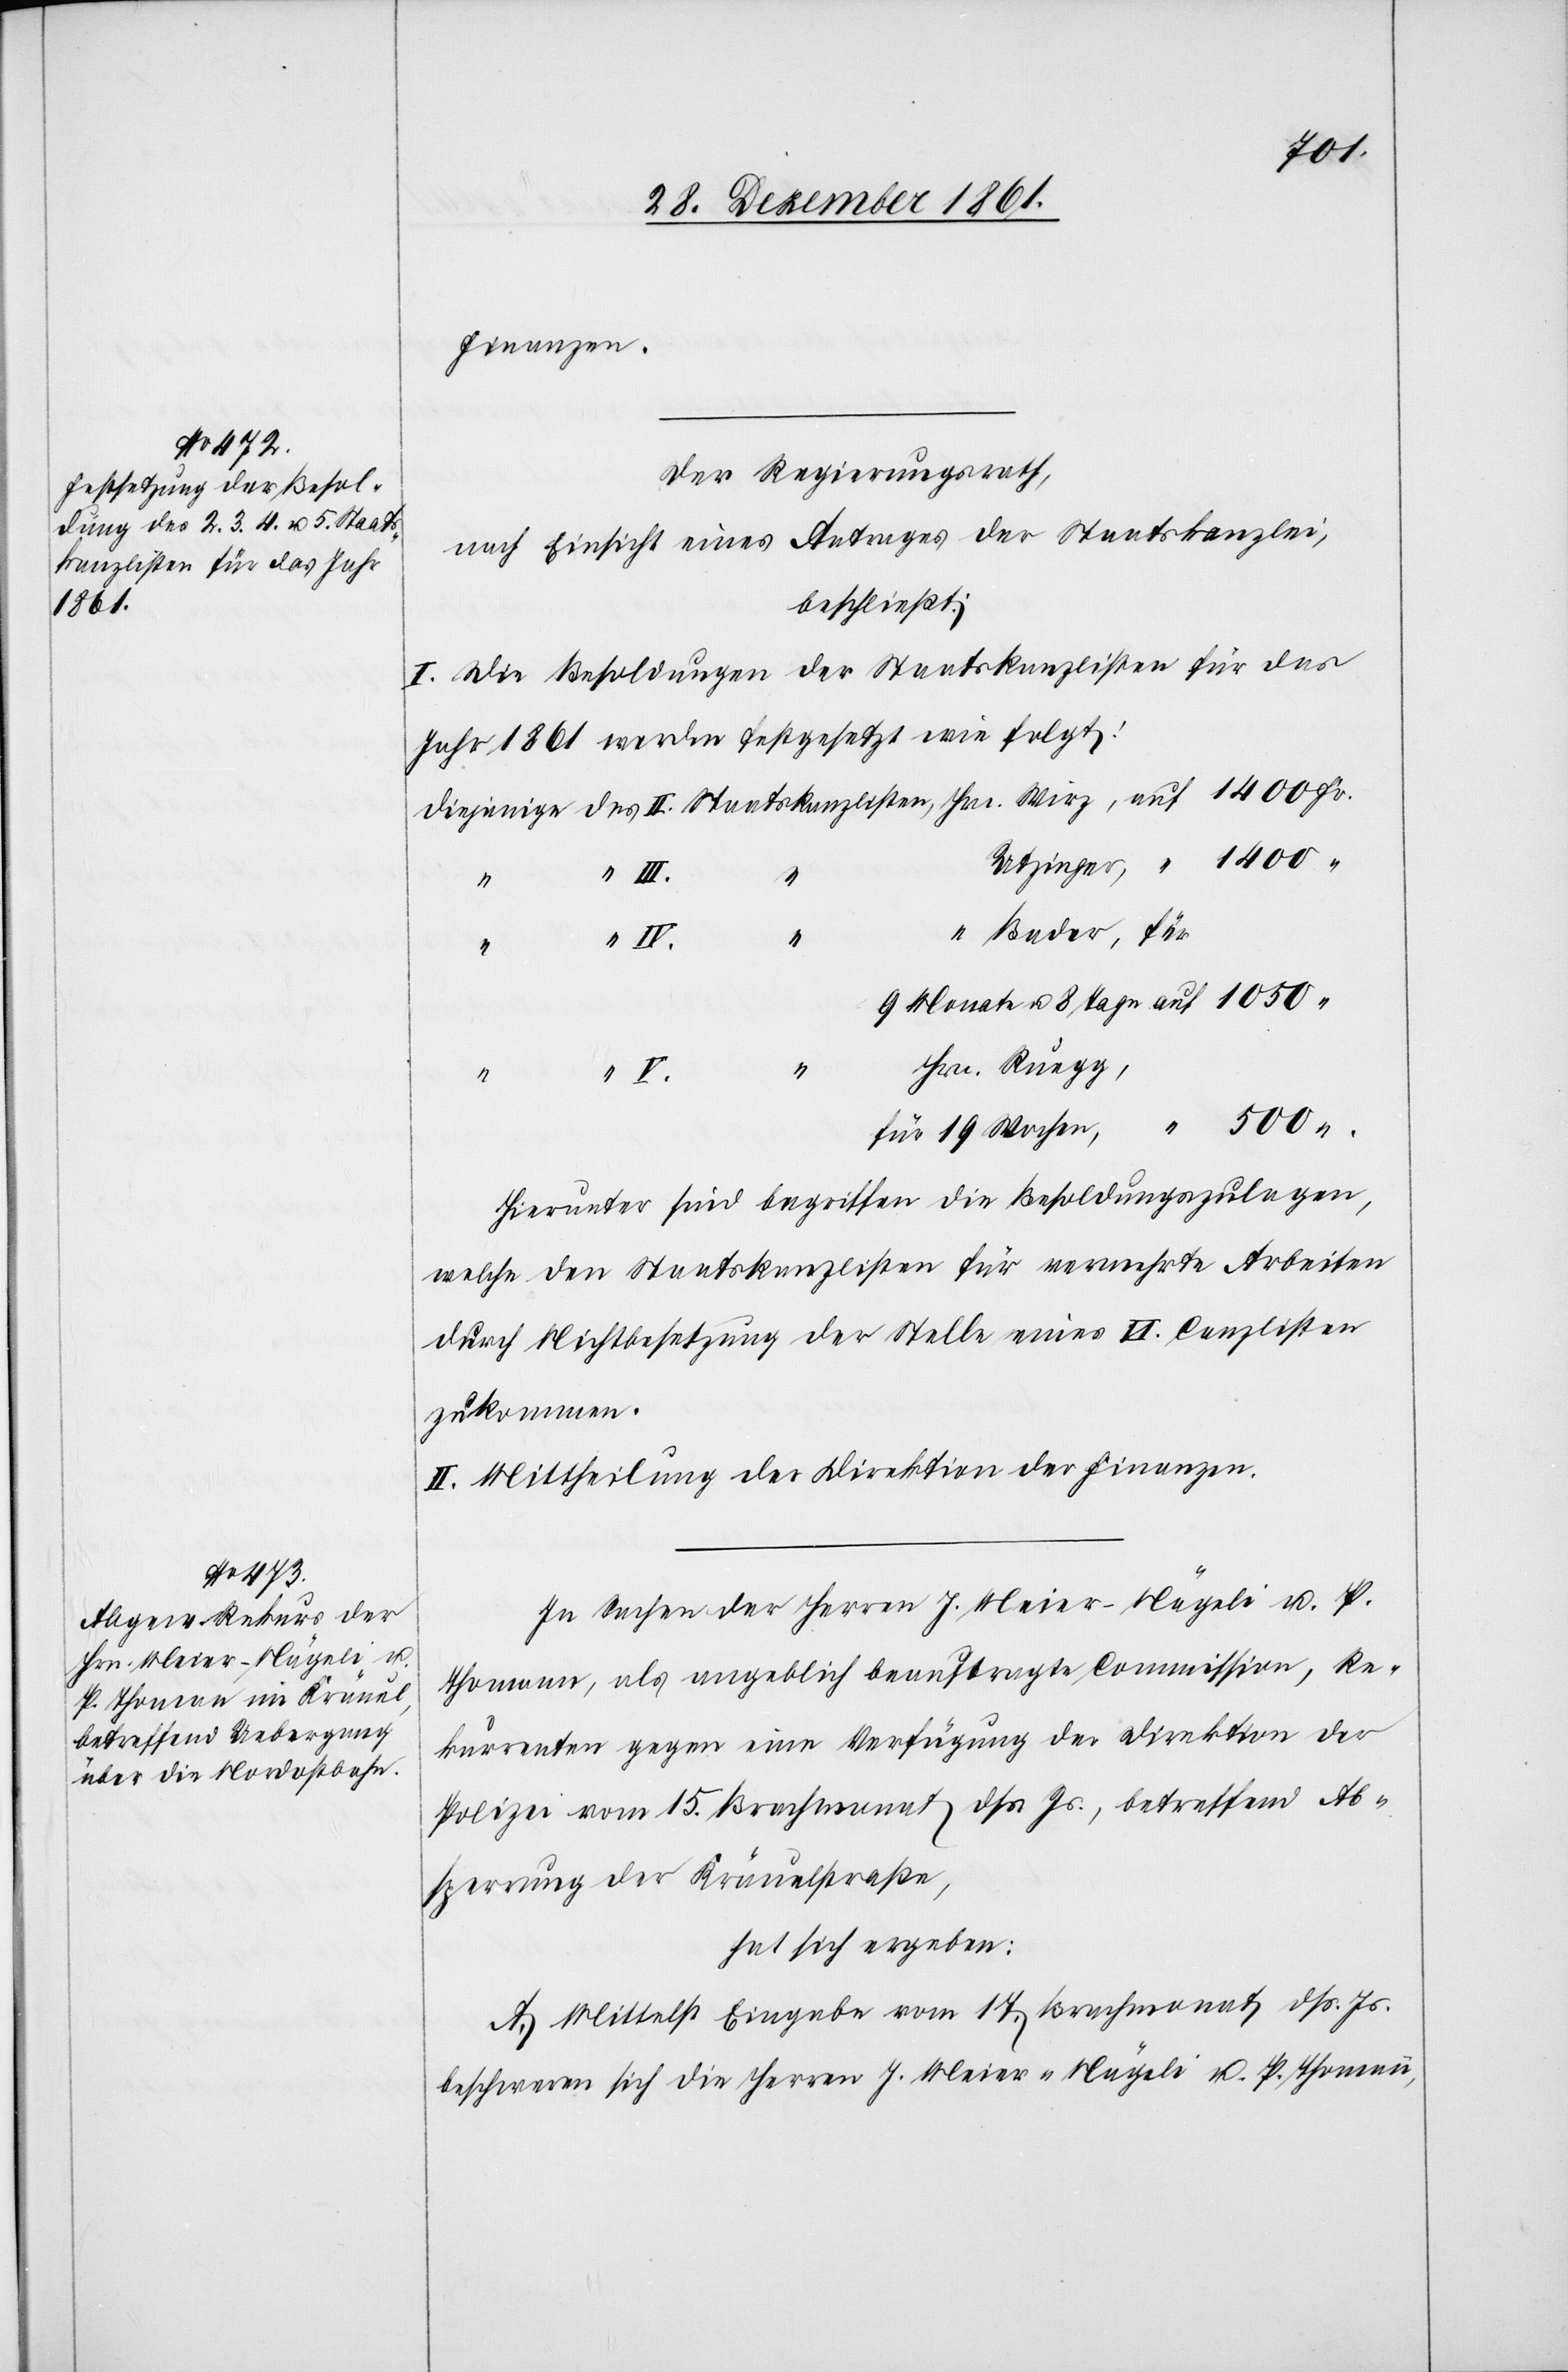
1050

Finanzen.
Der Regierungsrath,
nach Einsicht eines Antrages der Staatskanzlei,
beschließt:
I. Die Besoldungen der Staatskanzlisten für das
Jahr 1861 werden festgesetzt wie folgt:
V.
u.
[“] Bader, für
“
IV.
Hrn. Ruegg,
“
Hierunter sind begriffen die Besoldungszulagen,
welche den Staatskanzlisten für vermehrte Arbeiten
durch Nichtbesetzung der Stelle eines VI. Canzlisten
zukommen.
II. Mittheilung der Direktion der Finanzen.
In Sachen der Herrn J. Meier-Nägeli u. P.
Thomann, als angeblich beauftragte Commission, Re¬
kurrenten gegen eine Verfügung der Direktion der
Polizei vom 15 Brachmonat dss. Js., betreffend Ab¬
sperrung der Kräuelstraße,
hat sich ergeben:
A. Mittelst Eingabe vom 17 Brachmonat dss. Js.
beschweren sich die Herren J. Meier-Nägeli u. P. Thomann,